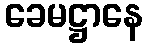
ခေမဋ္ဌာနေ